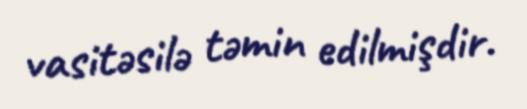
vasitəsilə təmin edilmişdir.